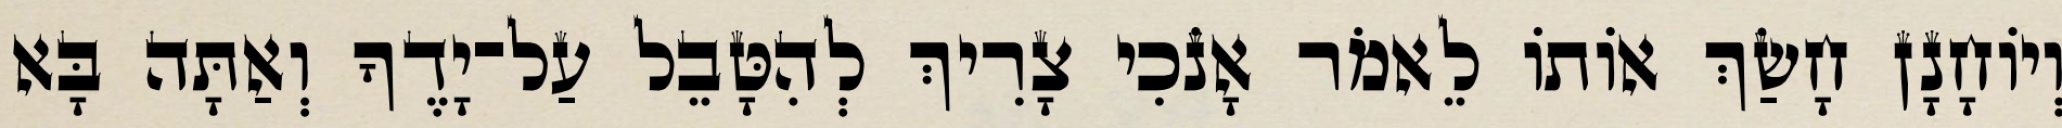
וְיוֹחָנָן חָשַׂךְ אוֹתוֹ לֵאמֹר אָנֹכִי צָרִיךְ לְהִטָּבֵל עַל־יָדֶךָ וְאַתָּה בָּא